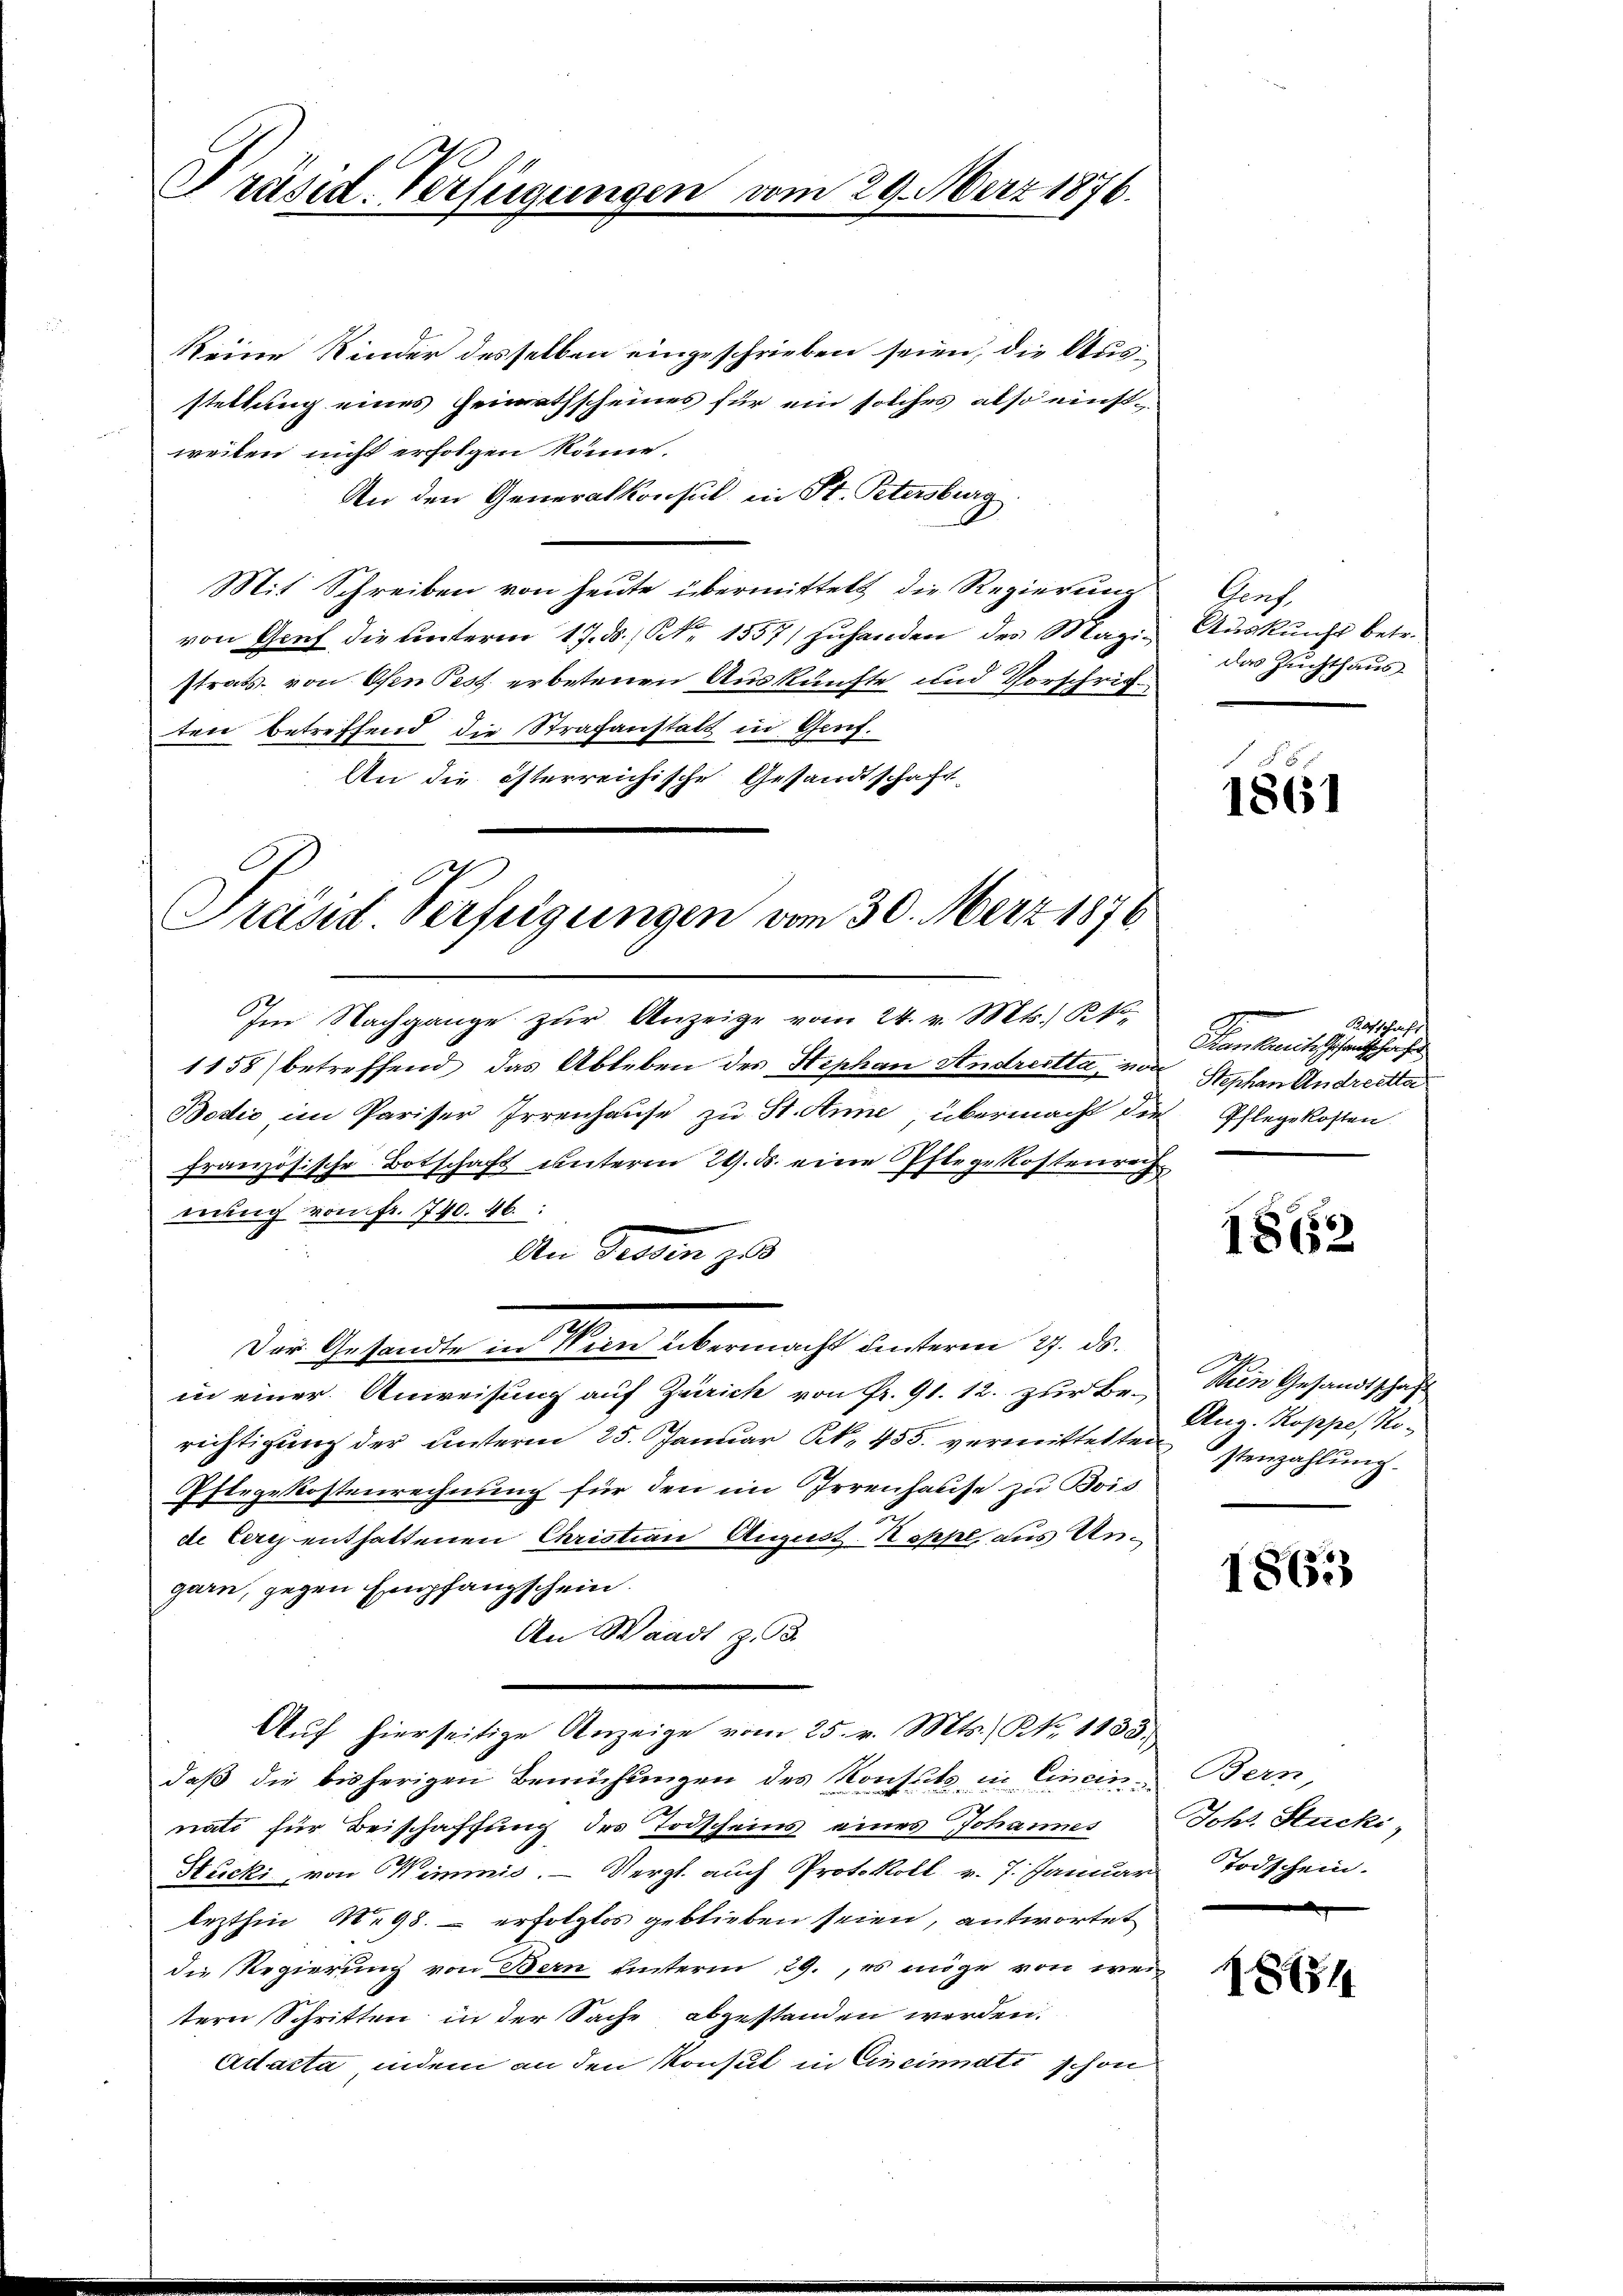
Präsid. Verfügungen

Reine Kinder desselben eingeschrieben seien, die Aus-
stellung eines Heimathscheines für ein solches also einstweiben nicht erfolgen könne.
An den Generalkonsul in St. Petersburg.
Mit Schreiben von heute übermittelt die Regierung
von Genf die unterm 17. d. Mt. 1557 zuhanden des Magistrats von Ofen Pest erbetenen Auskünfte und Vorschriften betreffend die Strafanstalt in Genf.
An die österreichische Gesandtschaft
Im Nachgange zŭr Anzeige vom 24. v. Mts. St.
1158) betreffend das Ableben des Hephan Andreetta, von
Bodić im Pariser Irrenhause zu St. Anne übermacht die
Französische Botschaft unterm 29. ds. eine Pflegekostenrech
nung von fr. 1740. 46.
An Greden zu
Der Gesandte in Wien übermacht unterm 27. ds.
in einer Anweisung auf Zürich von Fr. 91. 12. zur Be-
richtigung der unterm 25. Januar Kk. 435. vermittelten
Pflegekostenrechnung für den im Irrenhause zu Bois
de Cartz enthaltenen Christian August. Nesspl, aus Ungarn, gegen Empfangschein.
An Waadt z.
Auf hierseitige Anzeige vom 25. v. Mts., N. 1183.
daß die bisherigen Bemühungen des Konsuls in Einannati für Beischaffung des Todscheins eines Johannes
Stucki, von Wimmis. — Vergl. auch Protokoll v. 7. Januar
lezthin No 98. - erfolglos geblieben seien, antwortet
die Regierung von Bern unterm 29., es möge von wei
tern Schritten in der Sache abzustanden werden.
Adacta indem an den Konsul in Cincinati schon

29. März 1876.

Präsid Verfügungen vom 30. März 1876

Genf.
Auskunft betr.
das Zuchthaus

1861

Botschaft
Man kantissantschaft
Stephan Andreetta
Pflegekosten.

1812

Nein Gesandtschaf
Aug. Koppe, Kostenzahlŭng.

1863

Bern
Johs. Stucki,
Todschein.

1851